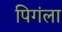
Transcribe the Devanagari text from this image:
पिगंला